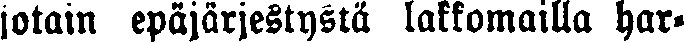
jotain epäjärjestystä lakkomailla har-